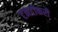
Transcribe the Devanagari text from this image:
टनटोकरी